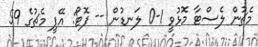
މެޗުން ލެސްޓާ މޮޅުވީ 1-0 ލަނޑުން -- ފޮޓޯ: އޭޕީ މެޗުގެ 59